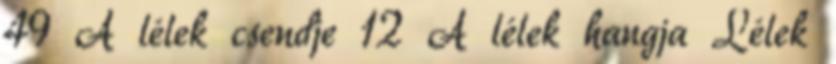
49 A lélek csendje 12 A lélek hangja Lélek